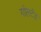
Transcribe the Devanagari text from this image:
गोलटेंड